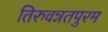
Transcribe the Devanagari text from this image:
तिरुवन्नतपुरम